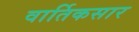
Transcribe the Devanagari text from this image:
वार्तिकसार